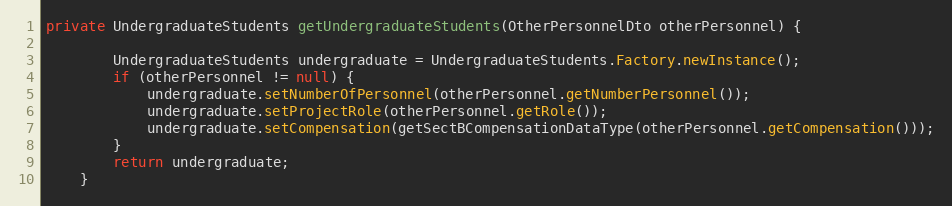
Language: Java
private UndergraduateStudents getUndergraduateStudents(OtherPersonnelDto otherPersonnel) {

        UndergraduateStudents undergraduate = UndergraduateStudents.Factory.newInstance();
        if (otherPersonnel != null) {
            undergraduate.setNumberOfPersonnel(otherPersonnel.getNumberPersonnel());
            undergraduate.setProjectRole(otherPersonnel.getRole());
            undergraduate.setCompensation(getSectBCompensationDataType(otherPersonnel.getCompensation()));
        }
        return undergraduate;
    }